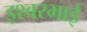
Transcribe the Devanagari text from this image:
इश्वरभाई